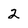
Character: 2